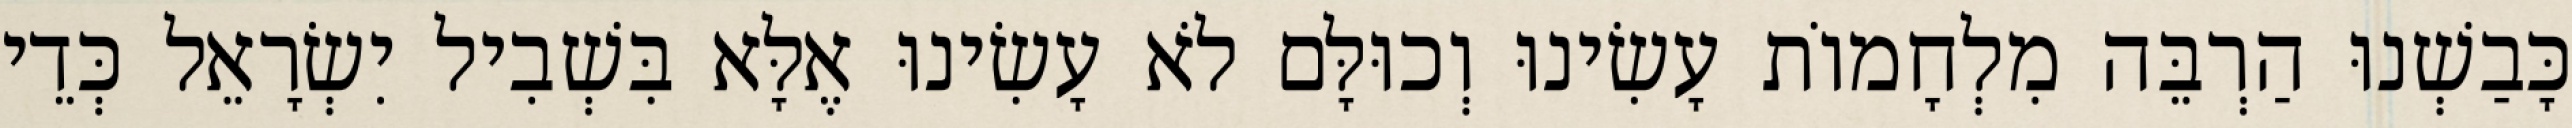
כָּבַשְׁנוּ הַרְבֵּה מִלְחָמוֹת עָשִׂינוּ וְכוּלָּם לֹא עָשִׂינוּ אֶלָּא בִּשְׁבִיל יִשְׂרָאֵל כְּדֵי